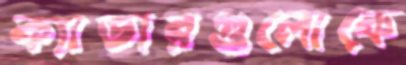
ক্যাডারগুলোকে